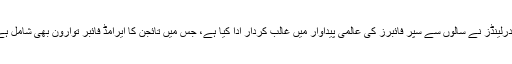
نیدرلینڈز نے سالوں سے سپر فائبرز کی عالمی پیداوار میں غالب کردار ادا کیا ہے، جس میں تائجن کا ایرامڈ فائبر توارون بھی شامل ہے۔